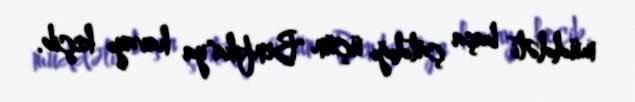
müddəti başa çatdığı üçün "Benfika"ya havayı keçib.